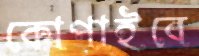
কোপাইবে